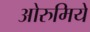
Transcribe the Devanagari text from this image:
ओरुमिये